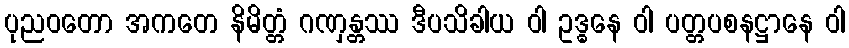
ပုညဝတော အကတေ နိမိတ္တံ ဂဏှန္တဿ ဒီပသိခါယ ဝါ ဥဒ္ဓနေ ဝါ ပတ္တပစနဋ္ဌာနေ ဝါ